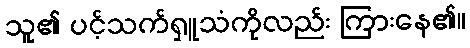
သူ၏ ပင့်သက်ရှူသံကိုလည်း ကြားနေ၏။